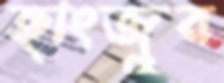
হাংজুর